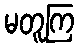
မတူကြ